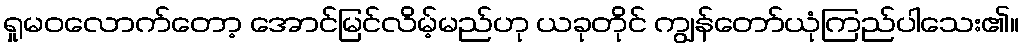
ရှုမဝလောက်တော့ အောင်မြင်လိမ့်မည်ဟု ယခုတိုင် ကျွန်တော်ယုံကြည်ပါသေး၏။